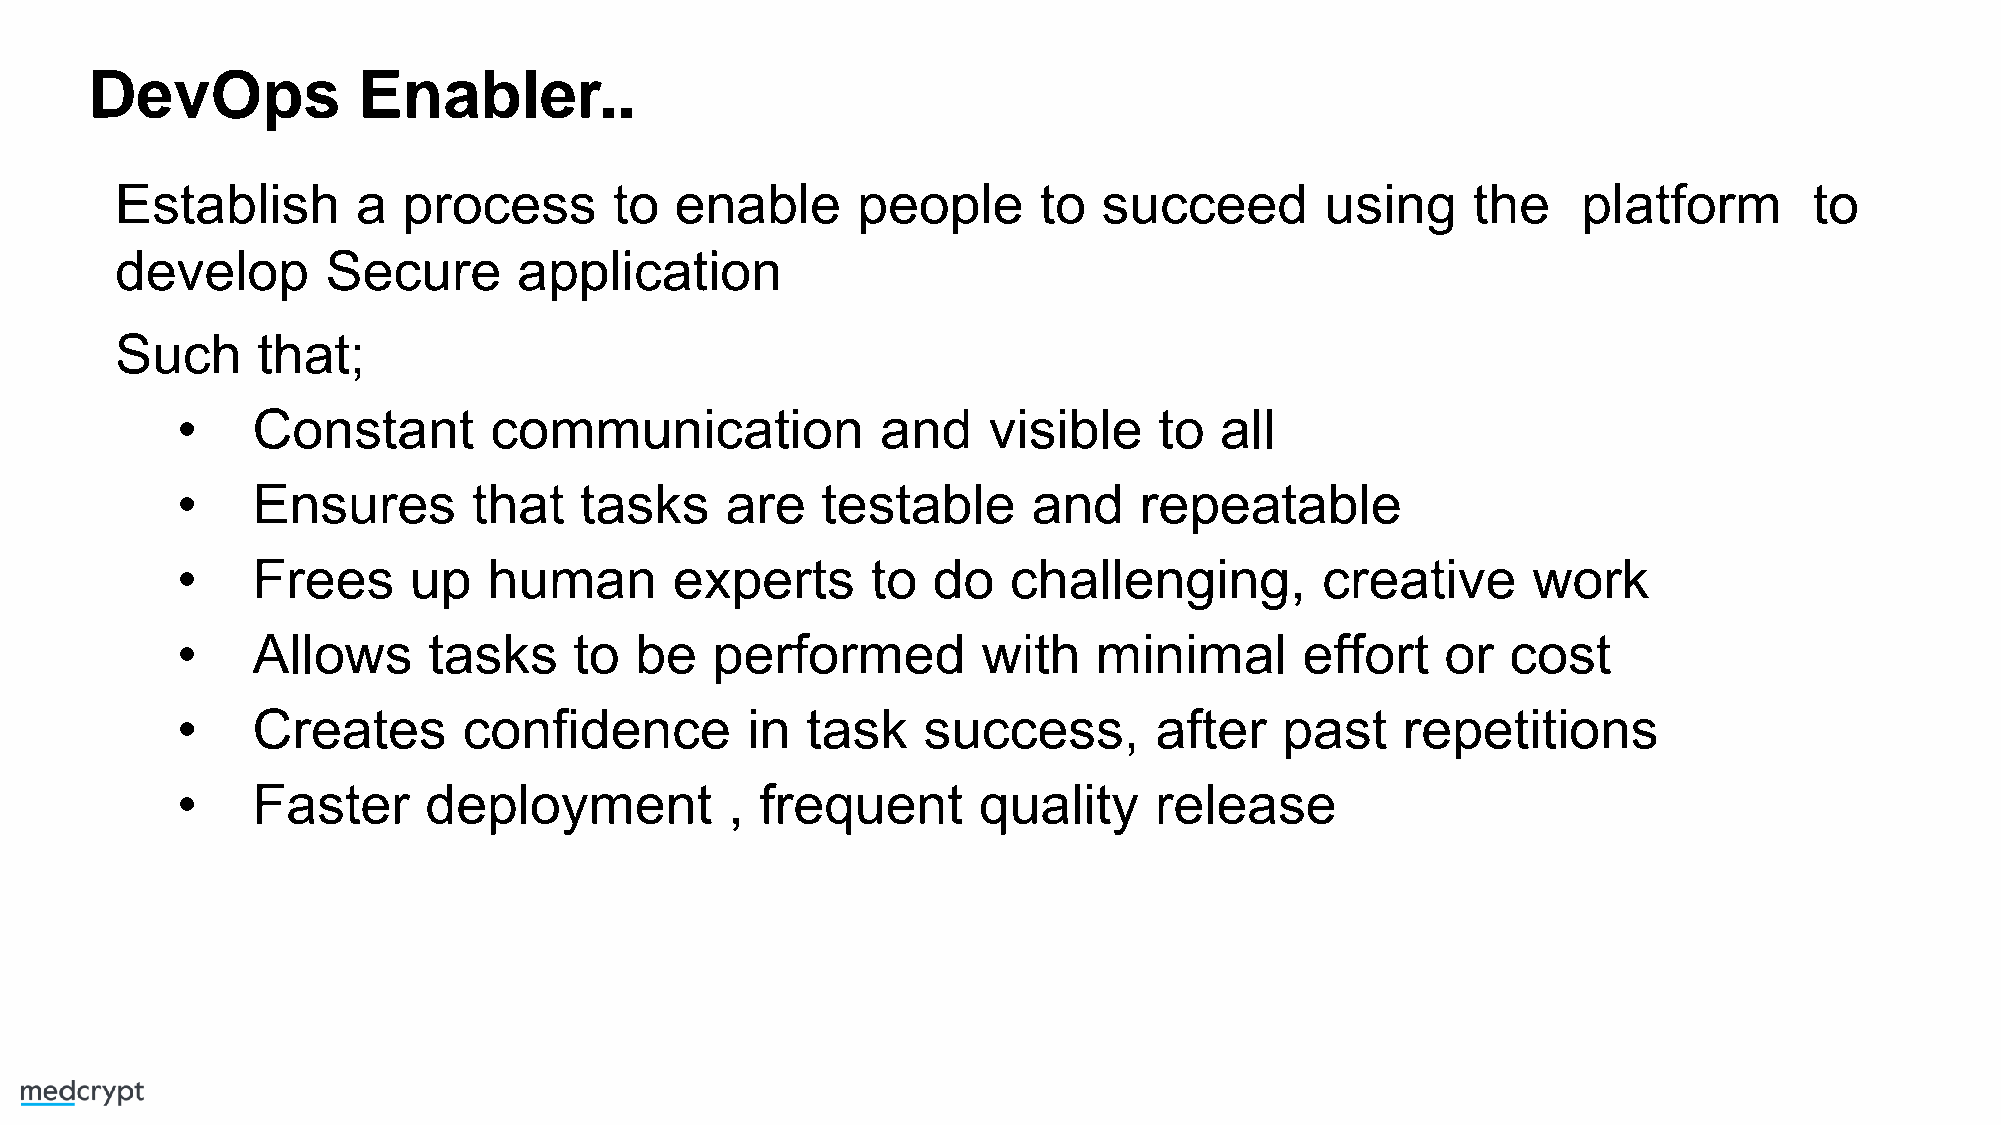
DevOps            Enabler..
 Establish       a  process       to  enable      people      to  succeed        using    the     platform       to
 develop       Secure      application
 Such     that;
 •    Constant       communication             and    visible     to  all
 •    Ensures       that   tasks     are   testable      and    repeatable
 •    Frees     up   human        experts      to  do   challenging,        creative      work
 •    Allows     tasks     to  be   performed         with    minimal      effort    or  cost
 •    Creates       confidence        in  task    success,       after    past    repetitions
 •    Faster     deployment          , frequent       quality    release